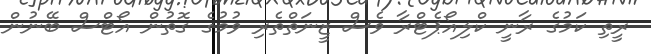
ރީތި ކަމުގެ ރާނީ ކްލިއޯޕެޓްރާ ވެސް ޒީނަތްތެރި ވުމުގެ ގޮތުން އޯޓްސް ބޭނުން